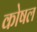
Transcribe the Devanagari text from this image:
कोषल